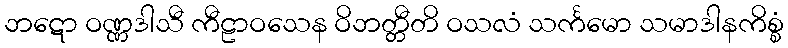
ဘဋော ဝဏ္ဏဒါသီ ကီဠာဝသေန ဝိဘတ္တီတိ ဝသလံ သင်္ကမော သမာဒါနကိစ္စံ